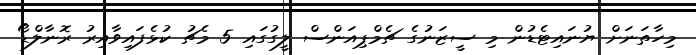
މިހާތަނަށް ޔުނައިޓެޑުން މި ސީޒަނުގެ ޗެމްޕިއަންސް ލީގުގައި 5 މެޗު ކުޅެފައިވާއިރު ރޮނާލްޑޯ